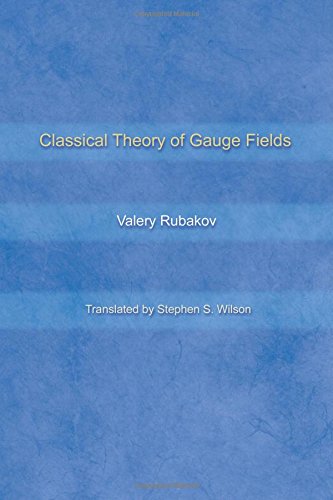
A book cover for Classical Theory of Gauge Fields; Valery Rubakov; Science & Math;